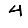
Digit: 4